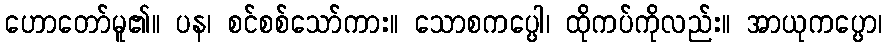
ဟောတော်မူ၏။ ပန၊ စင်စစ်သော်ကား။ သောစကပ္ပေါ၊ ထိုကပ်ကိုလည်း။ အာယုကပ္ပော၊